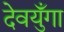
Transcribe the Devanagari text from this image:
देवयुँगा